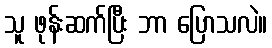
သူ ဖုန်းဆက်ပြီး ဘာ ပြောသလဲ။